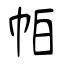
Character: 帕